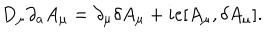
LaTeX: D _ { \mu } \partial _ { a } A _ { \mu } = \partial _ { \mu } \delta A _ { \mu } + i e [ A _ { \mu } , \delta A _ { \mu } ] .